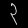
Digit: ၃